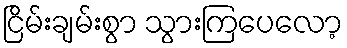
ငြိမ်းချမ်းစွာ သွားကြပေလော့